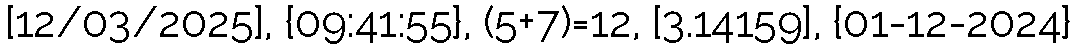
[12/03/2025], {09:41:55}, (5+7)=12, [3.14159], {01-12-2024}